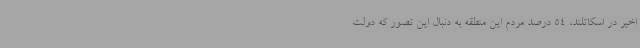
اخیر در اسکاتلند، 54 درصد مردم این منطقه به دنبال این تصور که دولت